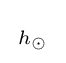
{\begin{smallmatrix}{{h}_{\odot }}\end{smallmatrix}}